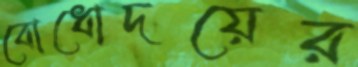
বোধোদয়ের